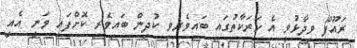
ރައޫފް ވިދާޅުވީ އެ ހަރަކާތުގައި ބައިވެރިވި ކުދިން ބައިވެރި ކޮށްފައި ވަނީ އެއީ